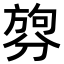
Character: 𪟑